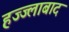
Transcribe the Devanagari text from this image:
हज्ज्लाबाद